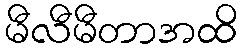
မီလီမီတာအထိ